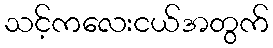
သင့်ကလေးငယ်အတွက်